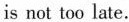
is not too late.